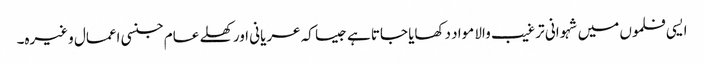
ایسی فلموں میں شہوانی ترغیب والا مواد دکھایا جاتا ہے جیسا کہ عریانی اور کھلے عام جنسی اعمال وغیرہ۔